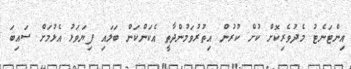
އިންޓަނެޓު މެދުވެރިކޮށް ކުށް ކުރުން އިތުރުވަމުންދާތީ އެކަންކަން ބަލައި ފިޔަވަޅު އެޅުމަށް ސައިބަ